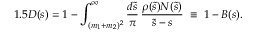
1 . 5 D ( s ) = 1 - \int _ { ( m _ { 1 } + m _ { 2 } ) ^ { 2 } } ^ { \infty } \frac { d \tilde { s } } { \pi } \, \frac { \rho ( \tilde { s } ) N ( \tilde { s } ) } { \tilde { s } - s } \; \equiv \; 1 - B ( s ) .